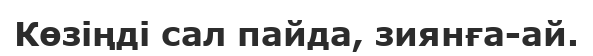
Көзіңді сал пайда, зиянға-ай.